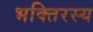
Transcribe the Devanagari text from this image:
भक्तिरस्य